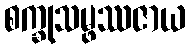
စက္ခုသမ္ဖဿဇာယ